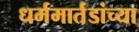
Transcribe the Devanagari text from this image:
धर्ममार्तंडांच्या